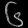
Digit: ၆